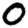
Digit: 0